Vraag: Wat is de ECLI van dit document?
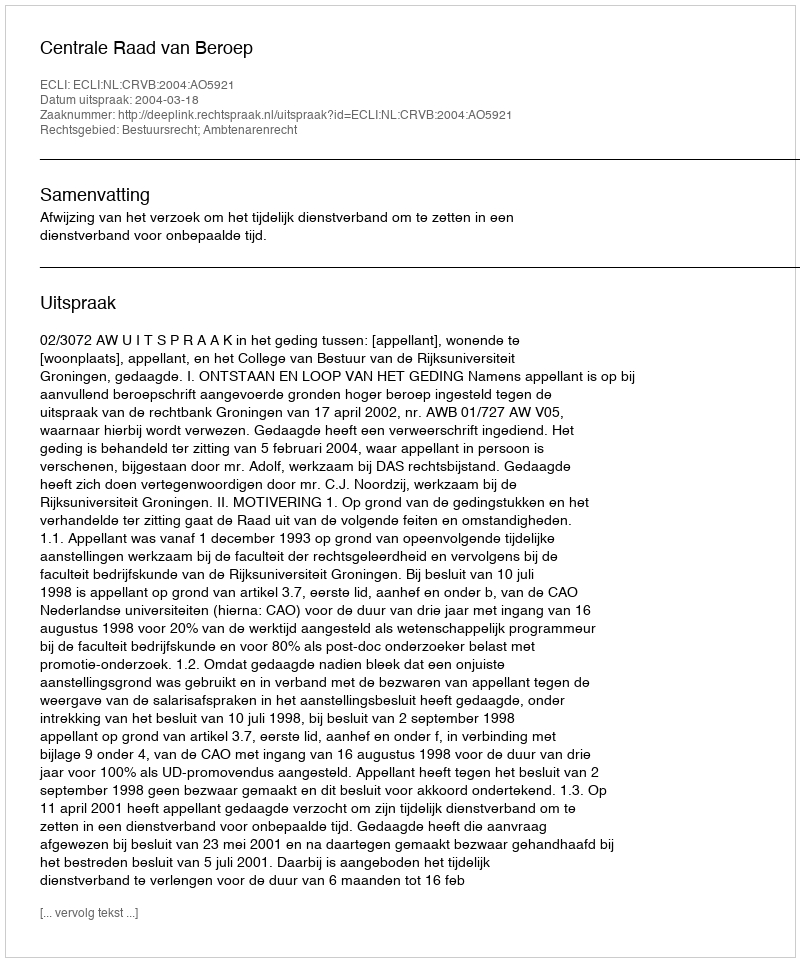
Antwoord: ECLI:NL:CRVB:2004:AO5921